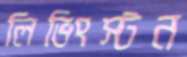
লিভিংস্টন